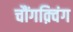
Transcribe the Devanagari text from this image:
चौंगक़्विंग